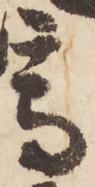
高